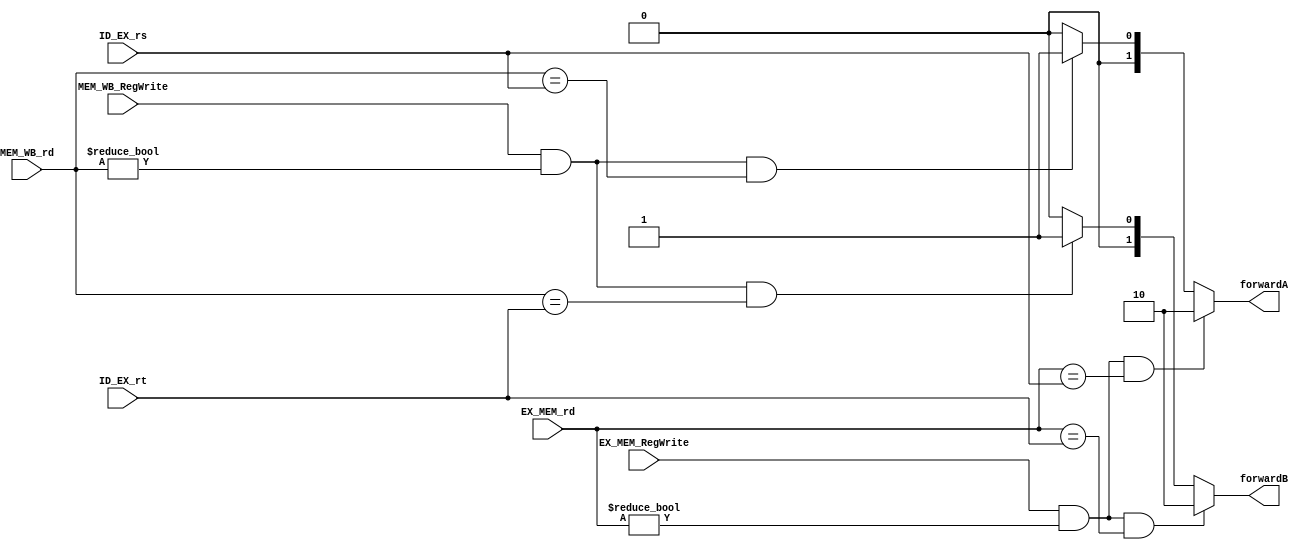
`timescale 1ns / 1ps
//////////////////////////////////////////////////////////////////////////////////
// Company: 
// Engineer: 
// 
// Design Name: 
// Module Name: Forwarding_unit
// Project Name: 
// Target Devices: 
// Tool Versions: 
// Description: 
// 
// Dependencies: 
// 
// Revision:
// Revision 0.01 - File Created
// Additional Comments:
// 
//////////////////////////////////////////////////////////////////////////////////


module Forwarding_unit(

    input [4:0] EX_MEM_rd,
    input [4:0] MEM_WB_rd,
    input [4:0] ID_EX_rs,
    input [4:0] ID_EX_rt,
    input EX_MEM_RegWrite,
    input MEM_WB_RegWrite,

    output [1:0] forwardA,
    output [1:0] forwardB
    );
    
    reg [1:0] fdA,fdB;
    always  @(*)
    begin
       if( EX_MEM_RegWrite && (EX_MEM_rd!=0) && (EX_MEM_rd == ID_EX_rs))
            fdA = 2'd2; 
       else if( MEM_WB_RegWrite && (MEM_WB_rd!=0) && (MEM_WB_rd == ID_EX_rs))
            fdA = 2'd1;
       else 
            fdA = 2'd0;
                 
       if( EX_MEM_RegWrite && (EX_MEM_rd!=0) && (EX_MEM_rd == ID_EX_rt))
            fdB = 2'd2; 
        
       else if( MEM_WB_RegWrite && (MEM_WB_rd!=0) && (MEM_WB_rd == ID_EX_rt))
            fdB = 2'd1;
       else 
            fdB = 2'd0; 
    end
    
    assign forwardA = fdA;
    assign forwardB = fdB;
    
endmodule